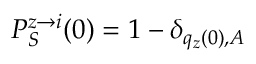
P _ { S } ^ { z \rightarrow i } ( 0 ) = 1 - \delta _ { q _ { z } ( 0 ) , A }